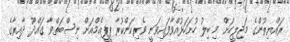
ރައްޔިތުންގެ މަޖިލީހަށް މި ބިލު ހުށަހަޅުއްވާފައިވަނީ ވެރިކަންކުރާ ޕީޕީއެމްއަށް ނިސްބަތްވާ ގައްދޫ ދާއިރާގެ